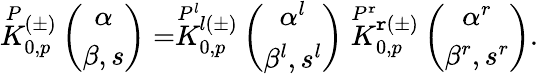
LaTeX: \stackrel{P}{K}{}\! \! _{0,p}^{(\pm)}\left(\begin{array}{c}{{\alpha}}\\ {{\beta,s}}\end{array}\right)=\stackrel{P^{l}}{K}{}\! \! _{0,p}^{l(\pm)}\left(\begin{array}{c}{{\alpha^{l}}}\\ {{\beta^{l},s^{l}}}\end{array}\right)\stackrel{P^{\mathtt{r}}}{K}{}\! \! _{0,p}^{\mathtt{r}(\pm)}\left(\begin{array}{c}{{\alpha^{r}}}\\ {{\beta^{r},s^{r}}}\end{array}\right).